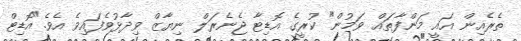
ތެރެއިން އައީ މަންފާތައް ވަމުން" ކުރީގެ އޮޑިޓާ ޖެނެރަލް ނިޔާޒް ވިދާޅުވެފައިވެ އެވެ."އޮޑިޓް